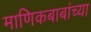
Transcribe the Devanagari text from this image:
माणिकबाबांच्या